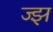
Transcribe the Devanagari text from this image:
ज्झ